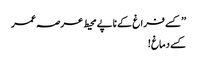
’’کسے فراغ کے ناپے محیط عرصہ عمر
کسے دماغ !